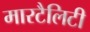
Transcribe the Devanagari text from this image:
मारटैलिटी